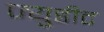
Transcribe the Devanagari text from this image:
ज्युडीट